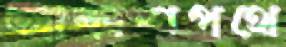
আকাশপথে